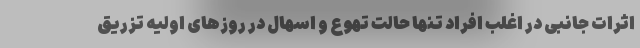
اثرات جانبی در اغلب افراد تنها حالت تهوع و اسهال در روزهای اولیه تزریق